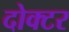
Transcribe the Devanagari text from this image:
दोक्टर